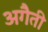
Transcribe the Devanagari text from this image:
अगैती